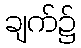
ချက်၌